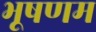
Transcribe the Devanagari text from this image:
भूषणम